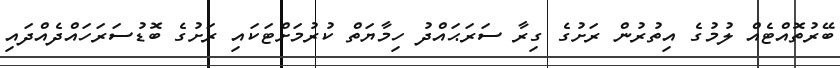
ބޭރުތޮއްޓެއް ލުމުގެ އިތުރުން ރަށުގެ ގިރާ ސަރަޙައްދު ހިމާޔަތް ކުރުމަށްޓަކައި ރަށުގެ ބޮޑުސަރަހައްދެއްދައި